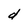
Character: d